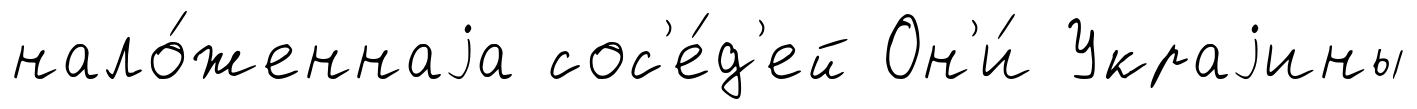
нало́женнаjа сос'е́д'ей Он'и́ Украjины